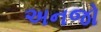
અનજો